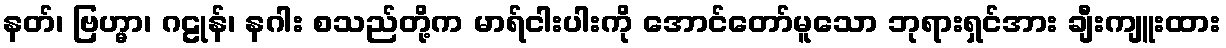
နတ်၊ ဗြဟ္မာ၊ ဂဠုန်၊ နဂါး စသည်တို့က မာရ်ငါးပါးကို အောင်တော်မူသော ဘုရားရှင်အား ချီးကျူးထား